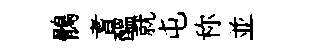
鶻耆醖就屯称並